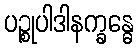
ပဉ္စုပါဒါနက္ခန္ဓေ